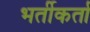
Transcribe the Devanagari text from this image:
भर्तीकर्ता